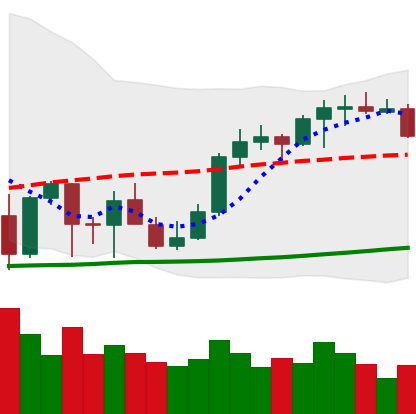
Ticker: ETH-USD
Chart end date: 2021-10-10
Forward return: 12.75%
Label: up_7plus